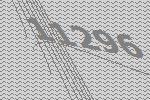
11296